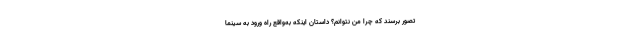
تصور برسند که چرا من نتوانم؟ داستان اینکه به‌واقع راه ورود به سینما